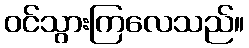
ဝင်သွားကြလေသည်။